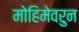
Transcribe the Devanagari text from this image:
मोहिमेवरुन